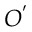
O ^ { ' }